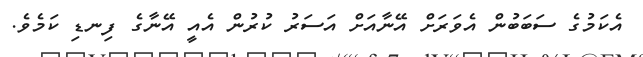
އެކަމުގެ ސަބަބުން އެވަރަށް އޭނާއަށް އަސަރު ކުރުން އެއީ އޭނާގެ ފިނޑި ކަމެވެ.